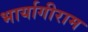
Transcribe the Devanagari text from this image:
भार्यागीराम